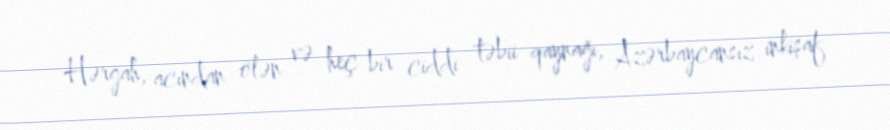
Hərgah, acından ölən və heç bir ciddi təbii qaynağı, Azərbaycansız inkişaf